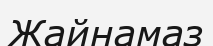
Жайнамаз